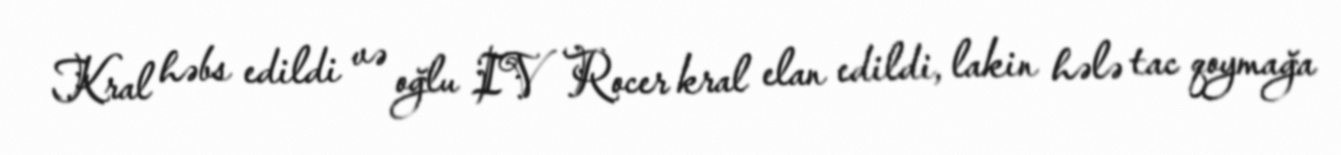
Kral həbs edildi və oğlu IV Rocer kral elan edildi, lakin hələ tac qoymağa